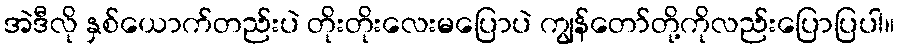
အဲဒီလို နှစ်ယောက်တည်းပဲ တိုးတိုးလေးမပြောပဲ ကျွန်တော်တို့ကိုလည်းပြောပြပါ။